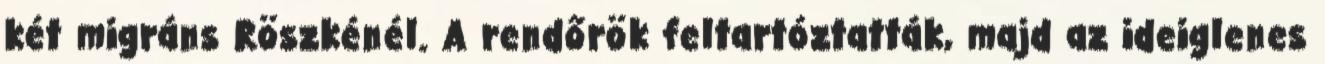
két migráns Röszkénél. A rendőrök feltartóztatták, majd az ideiglenes